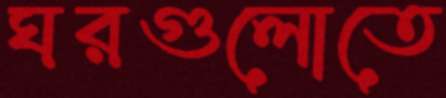
ঘরগুলোতে